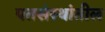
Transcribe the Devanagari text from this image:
पतसंस्थांतील